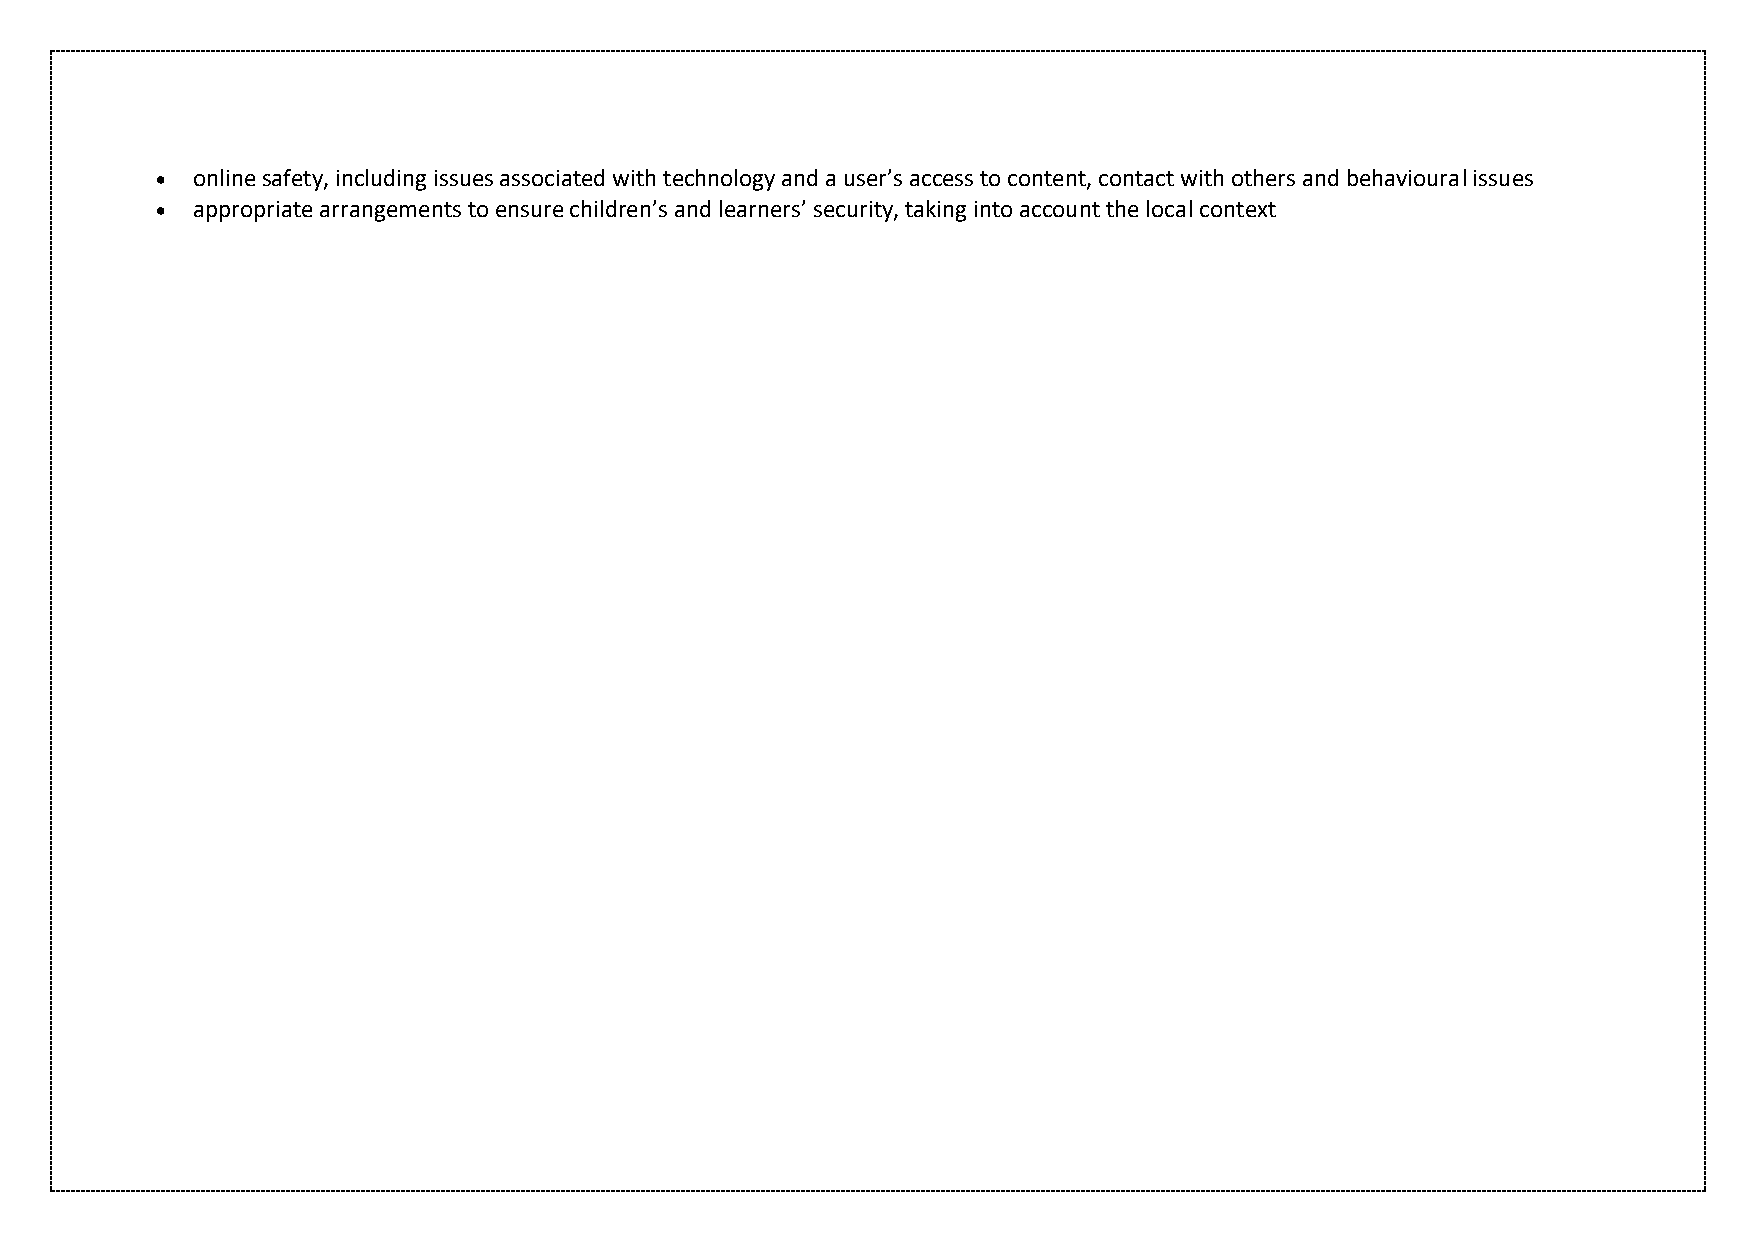
  online safety, including issues associated with technology and a user’s access to content, contact with others and behavioural issues
   appropriate arrangements to ensure children’s and learners’ security, taking into account the local context